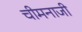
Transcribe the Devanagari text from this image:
चीमनाजी